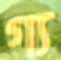
গ্য